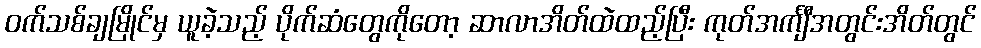
ဝက်သစ်ချမြိုင်မှ ယူခဲ့သည့် ပိုက်ဆံတွေကိုတော့ ဆာလာအိတ်ထဲထည့်ပြီး ကုတ်အင်္ကျီအတွင်းအိတ်တွင်